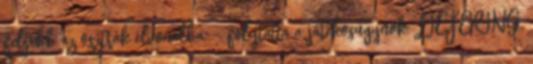
feljebb az osztrák élvonalba" – folytatta a játékosügynök. LIEFERING,